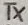
Text: TX